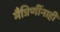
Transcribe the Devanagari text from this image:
मैत्रिणींनाही